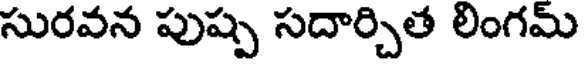
సురవన పుష్ప సదార్చిత లింగమ్